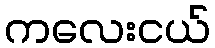
ကလေးငယ်